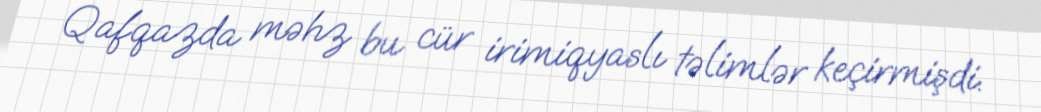
Qafqazda məhz bu cür irimiqyaslı təlimlər keçirmişdi.